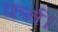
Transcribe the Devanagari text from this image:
फर्न।